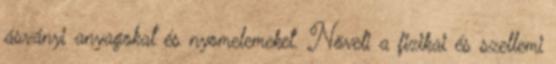
ásványi anyagokat és nyomelemeket. Növeli a fizikai és szellemi